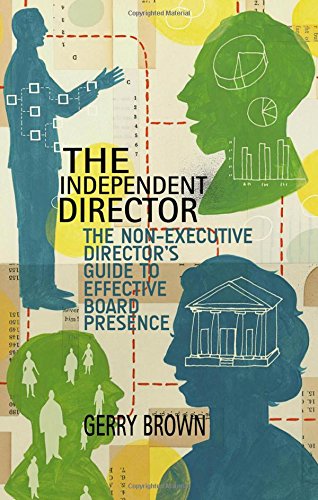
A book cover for The Independent Director: The Non-Executive Director's Guide to Effective Board Presence; Gerry Brown; Business & Money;